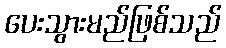
ပေးသွားမည်ဖြစ်သည်